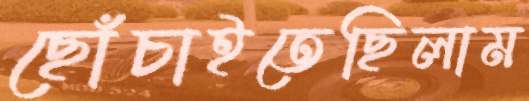
ছোঁচাইতেছিলাম